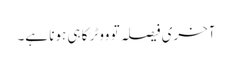
آخری فیصلہ تو ووٹر کا ہی ہونا ہے۔